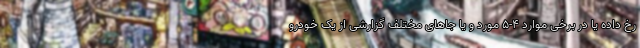
رخ داده یا در برخی موارد 4-5 مورد و یا جاهای مختلف گزارشی از یک خودرو